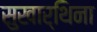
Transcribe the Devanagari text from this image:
सुखार्थिना